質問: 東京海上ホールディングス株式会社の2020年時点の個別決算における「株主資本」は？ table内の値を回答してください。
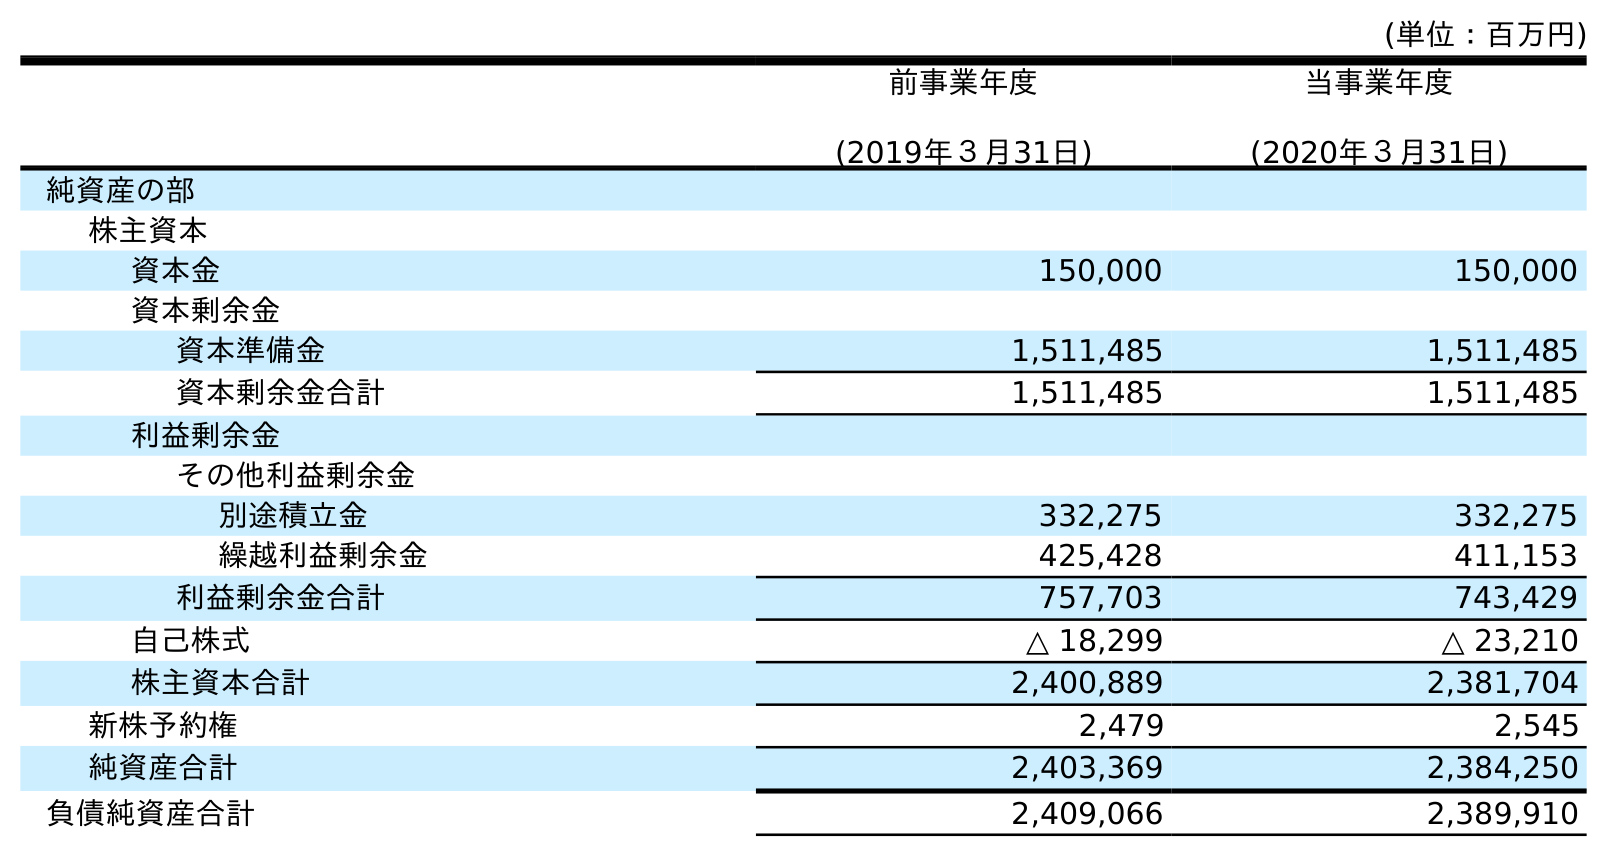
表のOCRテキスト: (単位：百万円) 前事業年度 (2019年３月31日) 当事業年度 (2020年３月31日) 純資産の部 株主資本 資本金 150,000 150,000 資本剰余金 資本準備金 1,511,485 1,511,485 資本剰余金合計 1,511,485 1,511,485 利益剰余金 その他利益剰余金 別途積立金 332,275 332,275 繰越利益剰余金 425,428 411,153 利益剰余金合計 757,703 743,429 自己株式 △ 18,299 △ 23,210 株主資本合計 2,400,889 2,381,704 新株予約権 2,479 2,545 純資産合計 2,403,369 2,384,250 負債純資産合計 2,409,066 2,389,910
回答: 2,381,704